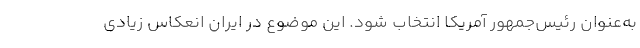
به‌عنوان رئیس‌جمهور آمریکا انتخاب شود. این موضوع در ایران انعکاس زیادی